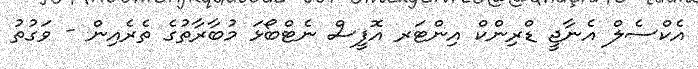
އެކްސެލް އެނާޖީ ޑްރިންކް އިންޓަރ އޮފީސް ނެޓްބޯޅަ މުބާރާތުގެ ތެރެއިން - ވަގުތު